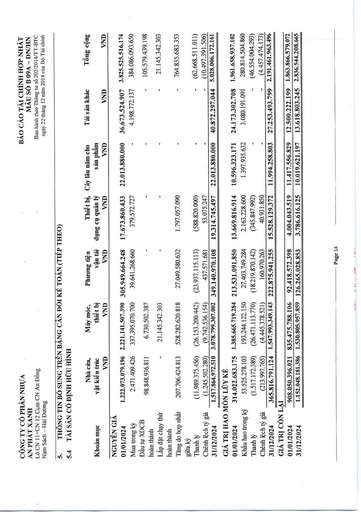
|Khoản mục|Nhà cửa, vật kiến trúc VND|Máy móc, thiết bị VND|Phương tiện vận tải VND|Thiết bị, dụng cụ quản lý VND|Cây lâu năm cho sản phẩm VND|Tài sản khác VND|Tổng cộng VND| |---|---|---|---|---|---|---|---| |NGUYÊN GIÁ 01/01/2024|1.222.073.079.196|2.221.141.507.390|305.949.664.248|17.673.860.433|22.013.880.000|36.673.524.907|3.825.525.516.174| |Mua trong kỳ|2.471.409.426|337.395.070.700|39.641.268.660|379.572.727||4.198.772.137|384.086.093.650| |Đầu tư XDCB hoàn thành|98.848.936.811|6.730.502.387|||-|-|105.579.439.198| |Lắp đặt chạy thử||21.145.342.303|||-||21.145.342.303| |Hoàn thành|||||||| |Tăng do hợp nhất|207.706.424.813|528.282.620.818|27.049.580.632|1.797.057.090|-|-|764.835.683.353| |Giữa kỳ|||||||| |Thanh lý|(11.989.375.456)|(26.153.200.442)|(23.937.115.113)|(588.820.000)|-|-|(62.668.511.011)| |Chênh lệch tỷ giá|(1.245.502.280)|(9.742.536.154)|437.571.681|53.075.247|-|-|(10.497.391.506)| |31/12/2024|1.517.864.972.510|3.078.799.307.002|349.140.970.108|19.314.745.497|22.013.880.000|40.872.297.044|5.028.006.172.161| |GIÁ TRỊ HAO MÒN LŨY KẾ|||||||| |01/01/2024|314.022.683.175|1.385.665.719.284|213.531.091.850|13.669.816.914|10.596.323.171|24.173.302.708|1.961.658.937.102| |Khấu hao trong kỳ|53.525.278.103|193.244.122.150|27.403.749.284|2.163.228.600|1.397.935.632|3.080.191.091|280.814.504.860| |Thanh lý|(1.517.172.389)|(26.471.113.770)|(18.219.870.142)|(345.847.992)|-|-|(46.554.004.293)| |Chênh lệch tỷ giá|(213.997.765)|(4.445.378.521)|160.970.263|40.931.850||-|(4.457.474.173)| |31/12/2024|365.816.791.124|1.547.993.349.143|222.875.941.255|15.528.129.372|11.994.258.803|27.253.493.799|2.191.461.963.496| |GIÁ TRỊ CÒN LẠI|||||||| |01/01/2024|908.050.396.021|835.475.788.106|92.418.572.398|4.004.043.519|11.417.556.829|12.500.222.199|1.863.866.579.072| |31/12/2024|1.152.048.181.386|1.530.805.957.859|126.265.028.853|3.786.616.125|10.019.621.197|13.618.803.245|2.836.544.208.665|